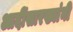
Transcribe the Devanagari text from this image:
आदींसारख्यांनी